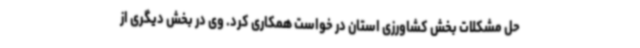
حل مشکلات بخش کشاورزی استان در خواست همکاری کرد. وی در بخش دیگری از